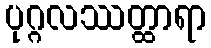
ပုဂ္ဂလဿတ္ထာရာ